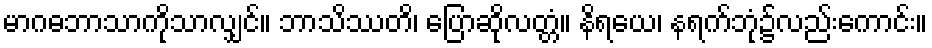
မာဂဓဘာသာကိုသာလျှင်။ ဘာသိဿတိ၊ ပြောဆိုလတ္တံ။ နိရယေ၊ နရက်ဘုံ၌လည်းကောင်း။